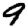
Digit: 9